Code of medical and sanitary regulations for the guidance of medical officers serving in the Madras Presidency - Volume I
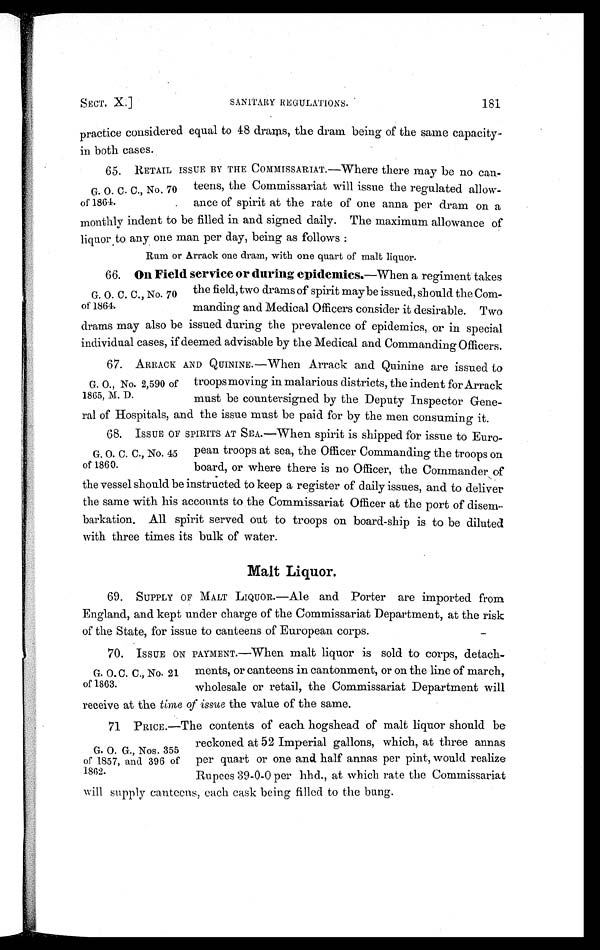
SECT. X.]
SANITARY REGULATIONS.
181
practice considered equal to 48 drams, the dram being of the same capacity-
in both cases.
G. O. C. C., No. 70
of 1864.
65. RETAIL ISSUE BY THE COMMISSARIAT.—Where there may be no can-
teens, the Commissariat will issue the regulated allow-
ance of spirit at the rate of one anna per dram on a
monthly indent to be filled in and signed daily. The maximum allowance of
liquor to any one man per day, being as follows :
Rum or Arrack one dram, with one quart of malt liquor.
G. O. C. C., No. 70
of 1864.
66. On Field service or during epidemics. —When a regiment takes
the field, two drams of spirit may be issued, should the Com-
manding and Medical Officers consider it desirable. Two
drams may also be issued during the prevalence of epidemics, or in special
individual cases, if deemed advisable by the Medical and Commanding Officers.
G. O., No. 2,590 of
1865, M. D.
67. ARRACK AND QUININE.—When Arrack and Quinine are issued to
troops moving in malarious districts, the indent for Arrack
must be countersigned by the Deputy Inspector Gene-
ral of Hospitals, and the issue must be paid for by the men consuming it.
G . O . C . C . , N o . 4 5
of 1860.
68. ISSUE OF SPIRITS AT SEA.—When spirit is shipped for issue to Euro-
pean troops at sea, the Officer Commanding the troops on
board, or where there is no Officer, the Commander of
the vessel should be instructed to keep a register of daily issues, and to deliver
the same with his accounts to the Commissariat Officer at the port of disem-
barkation. All spirit served out to troops on board-ship is to be diluted
with three times its bulk of water.
Malt Liquor.
69. SUPPLY OF MALT LIQUOR.—Ale and Porter are imported from
England, and kept under charge of the Commissariat Department, at the risk
of the State, for issue to canteens of European corps.
G. O.C. C., No. 21
of 1863.
70. ISSUE ON PAYMENT.—When malt liquor is sold to corps, detach-
ments, or canteens in cantonment, or on the line of march,
wholesale or retail, the Commissariat Department will
receive at the time of issue the value of the same.
G. O. G., Nos. 355
of 1857, and 396 of
1862.
71 PRICE.—The contents of each hogshead of malt liquor should be
reckoned at 52 Imperial gallons, which, at three annas
per quart or one and half annas per pint, would realize
Rupees 39-0-0 per hhd., at which rate the Commissariat
will supply canteens, each cask being filled to the bung.